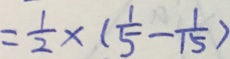
= \frac { 1 } { 2 } \times ( \frac { 1 } { 5 } - \frac { 1 } { 1 5 } )